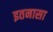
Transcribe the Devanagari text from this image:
इतनासा